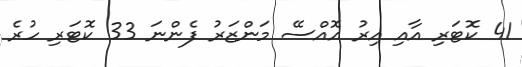
41 ކޮޓަރި އާއި އިރު އޮއްސޭ މަންޒަރު ފެންނަ 33 ކޮޓަރި ހުރެ